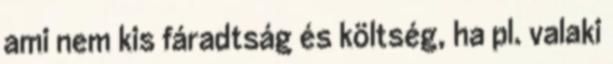
ami nem kis fáradtság és költség, ha pl. valaki